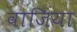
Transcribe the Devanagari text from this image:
वाजिया